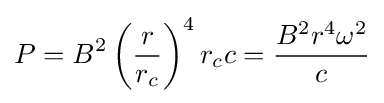
P=B^{2}\left({\frac {r}{r_{c}}}\right)^{4}r_{c}c={\frac {B^{2}r^{4}\omega ^{2}}{c}}